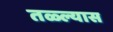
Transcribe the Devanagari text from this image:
तळ्ल्यास